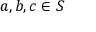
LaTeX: a , b , c \in S